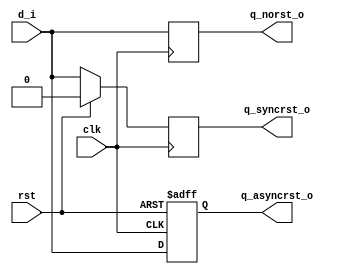
`timescale 1ns / 1ps
//////////////////////////////////////////////////////////////////////////////////
// Company: 
// Engineer: 
// 
// Design Name: 
// Module Name: dff_day2
// Project Name: 
// Target Devices: 
// Tool Versions: 
// Description: 
// 
// Dependencies: 
// 
// Revision:
// Revision 0.01 - File Created
// Additional Comments:
// 
//////////////////////////////////////////////////////////////////////////////////


module dff_day2(
input wire d_i, clk, rst,
output reg q_norst_o, q_syncrst_o, q_asyncrst_o
    );
    
    always @(posedge clk)
    begin
    q_norst_o <= d_i;
    end
    
    always @(posedge clk)
    begin
    if (rst)
    q_syncrst_o <= 0;
    else 
    q_syncrst_o <= d_i;
    end
    
    always @(posedge clk or posedge rst)
    begin
    if (rst)
    q_asyncrst_o = 0;
    else
    q_asyncrst_o = d_i;
    end
    
endmodule